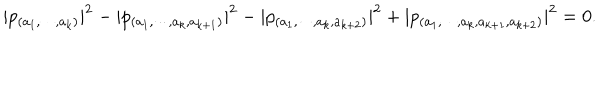
LaTeX: | p _ { ( a _ { 1 } , \cdots , a _ { k } ) } | ^ { 2 } - | p _ { ( a _ { 1 } , \cdots , a _ { k } , a _ { k + 1 } ) } | ^ { 2 } - | p _ { ( a _ { 1 } , \cdots , a _ { k } , a _ { k + 2 } ) } | ^ { 2 } + | p _ { ( a _ { 1 } , \cdots , a _ { k } , a _ { k + 1 } , a _ { k + 2 } ) } | ^ { 2 } = 0 .